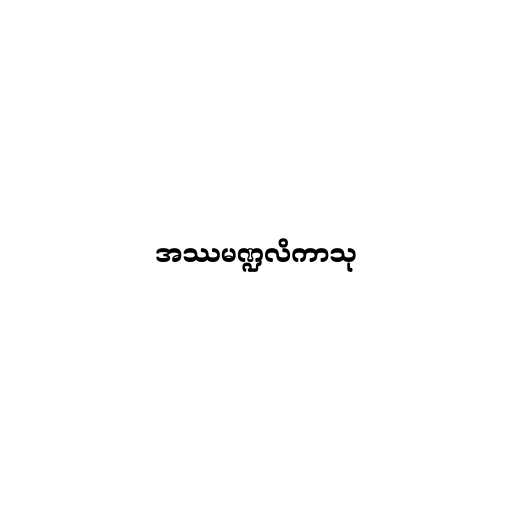
အဿမဏ္ဍလိကာသု